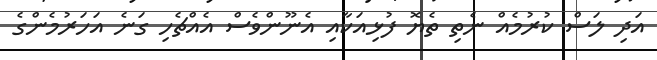
އަދި ލަސް ކުރުމެއް ނެތި ތެޔޮ ފުޅިއަކާއި އެނޫންވެސް އެއްޗެހި ގަނެ އަހަރުމެންގެ